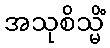
အသုစိသ္မိံ